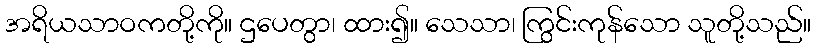
အရိယသာဝကတို့ကို။ ဌပေတွာ၊ ထား၍။ သေသာ၊ ကြွင်းကုန်သော သူတို့သည်။